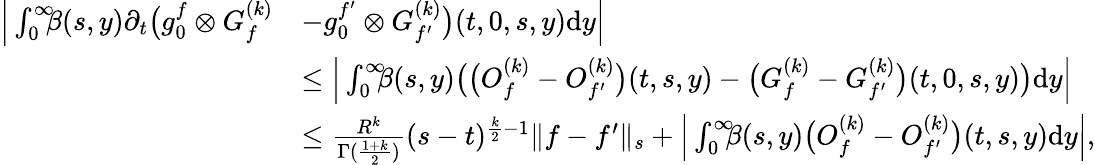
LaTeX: \begin{array}{rl}{\Big|\int_{0}^{\infty}\! \! \! \beta(s,y)\partial_{t}\big(g_{0}^{f}\otimes G_{f}^{(k)}}&{-g_{0}^{f^{\prime}}\otimes G_{f^{\prime}}^{(k)}\big)(t,0,s,y)\mathrm{d}y\Big|}\\ &{\le\Big|\int_{0}^{\infty}\! \! \! \beta(s,y)\big(\big(O_{f}^{(k)}-O_{f^{\prime}}^{(k)}\big)(t,s,y)-\big(G_{f}^{(k)}-G_{f^{\prime}}^{(k)}\big)(t,0,s,y)\big)\mathrm{d}y\Big|}\\ &{\le\frac{R^{k}}{\Gamma(\frac{1+k}{2})}(s-t)^{\frac{k}{2}-1}\| f-f^{\prime}\| _{s}+\Big|\int_{0}^{\infty}\! \! \! \beta(s,y)\big(O_{f}^{(k)}-O_{f^{\prime}}^{(k)}\big)(t,s,y)\mathrm{d}y\Big|,}\end{array}